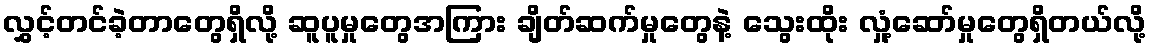
လွှင့်တင်ခဲ့တာတွေရှိလို့ ဆူပူမှုတွေအကြား ချိတ်ဆက်မှုတွေနဲ့ သွေးထိုး လှုံ့ဆော်မှုတွေရှိတယ်လို့